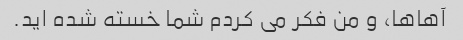
آهاها، و من فکر می کردم شما خسته شده اید.